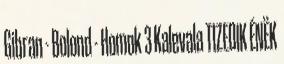
Gibran - Bolond - Homok 3 Kalevala TIZEDIK ÉNËK